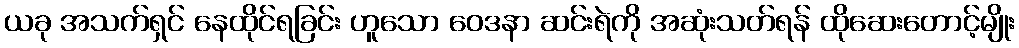
ယခု အသက်ရှင် နေထိုင်ရခြင်း ဟူသော ဝေဒနာ ဆင်းရဲကို အဆုံးသတ်ရန် ထိုဆေးတောင့်မျိုး